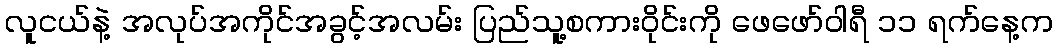
လူငယ်နဲ့ အလုပ်အကိုင်အခွင့်အလမ်း ပြည်သူ့စကားဝိုင်းကို ဖေဖော်ဝါရီ ၁၁ ရက်နေ့က